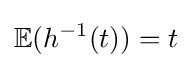
\mathbb {E} (h^{-1}(t))=t